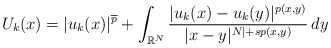
\begin{align*} U_k(x)= |u_k(x)|^{{\overline{p}}}+\int_{\mathbb{R}^{N}}\frac{|u_k(x)-u_k(y)|^{p(x,y)}}{|x-y|^{N|+sp(x,y)}}\,dy \end{align*}